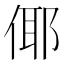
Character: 倻